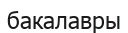
бакалавры